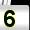
Digit: 5